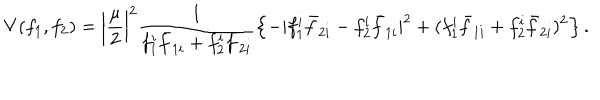
LaTeX: V ( f _ { 1 } , f _ { 2 } ) = \left| \frac { \mu } { 2 } \right| ^ { 2 } \frac { 1 } { f _ { 1 } ^ { i } { \bar { f } } _ { 1 i } + f _ { 2 } ^ { i } { \bar { f } } _ { 2 i } } \left\{ - | f _ { 1 } ^ { i } { \bar { f } } _ { 2 i } - f _ { 2 } ^ { i } { \bar { f } } _ { 1 i } | ^ { 2 } + ( f _ { 1 } ^ { i } { \bar { f } } _ { 1 i } + f _ { 2 } ^ { i } { \bar { f } } _ { 2 i } ) ^ { 2 } \right\} .